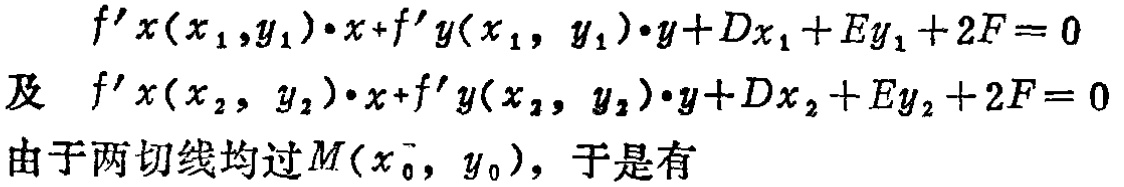
\[
\begin{align*}
&f^{\prime}x(x_1,y_1)\cdot x + f^{\prime}y(x_1,y_1)\cdot y+Dx_1 + Ey_1+2F = 0\\
\text{及 }&f^{\prime}x(x_2,y_2)\cdot x + f^{\prime}y(x_2,y_2)\cdot y+Dx_2 + Ey_2+2F = 0
\end{align*}
\]
由于两切线均过\(M(x_0,y_0)\)，于是有